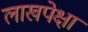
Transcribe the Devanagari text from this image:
लाखपेक्षा